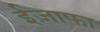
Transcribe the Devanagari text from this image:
ईज़ाफा